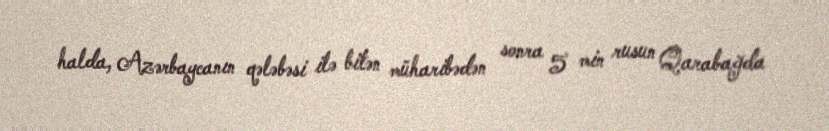
halda, Azərbaycanın qələbəsi ilə bitən müharibədən sonra 5 min rusun Qarabağda